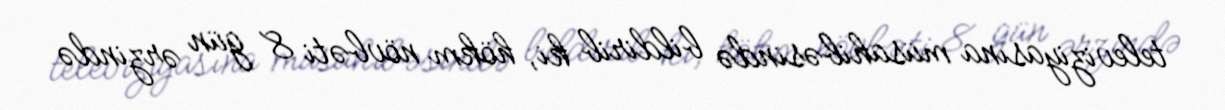
televiziyasına müsahibəsində bildirib ki, hökm növbəti 8 gün ərzində